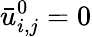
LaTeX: \bar{u}_{i,j}^{0}=0